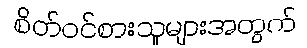
စိတ်ဝင်စားသူများအတွက်